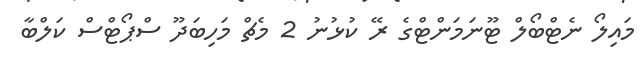
މައިލޯ ނެޓްބޯލް ޓޫނަމަންޓްގެ ރޭ ކުޅުނު 2 މެޗް މަހިބަދޫ ސްޕޯޓްސް ކަލްބާ